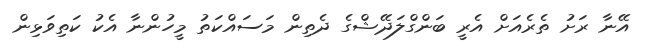
އޭނާ ރަށު ތެރެއަށް އެރީ ބަންގްލަދޭޝްގެ ދެތިން މަސައްކަތު މީހުންނާ އެކު ކަތިވަޅިން